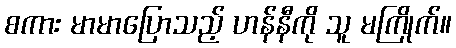
စကား မာမာပြောသည့် ဟန်နီကို သူ မကြိုက်။